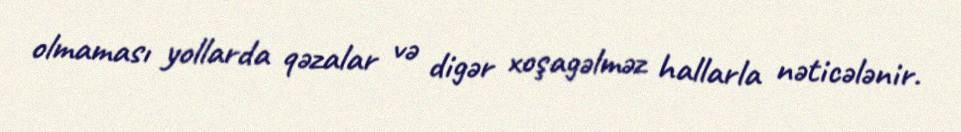
olmaması yollarda qəzalar və digər xoşagəlməz hallarla nəticələnir.